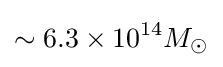
\sim 6.3\times 10^{14}M_{\odot }